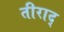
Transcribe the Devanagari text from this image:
तीराद्